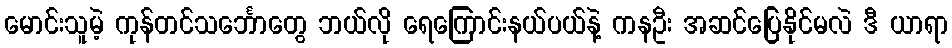
မောင်းသူမဲ့ ကုန်တင်သင်္ဘောတွေ ဘယ်လို ရေကြောင်းနယ်ပယ်နဲ့ ကနဦး အဆင်ပြေနိုင်မလဲ ဒီ ယာရာ